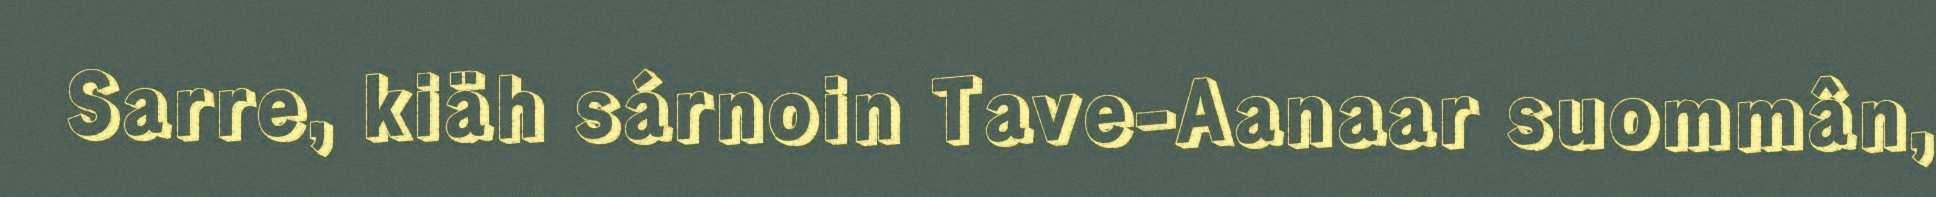
Sarre, kiäh sárnoin Tave-Aanaar suommân,